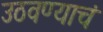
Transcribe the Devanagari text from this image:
उठवण्याचं